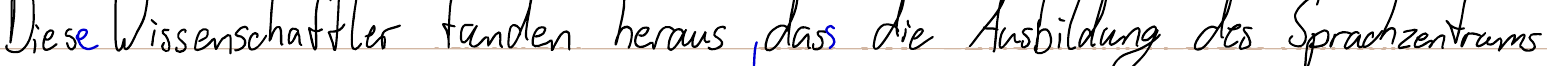
Diese Wissenschaftler fanden heraus, dass die Ausbildung des Sprachzentrums